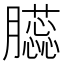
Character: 𦢬